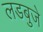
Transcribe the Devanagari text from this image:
लडबुजे